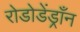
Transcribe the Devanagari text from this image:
रोडोडेंड्राँन